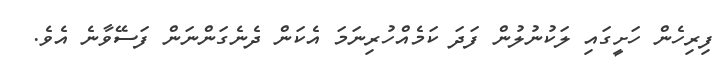
ފިރިހެން ހަށީގައި ލަކުނުލުން ފަދަ ކަމެއްހުރިނަމަ އެކަން ދެނެގަންނަން ފަސޭވާނެ އެވެ.